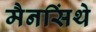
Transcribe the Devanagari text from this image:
मैनसिंथे